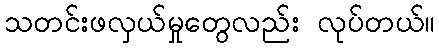
သတင်းဖလှယ်မှုတွေလည်း လုပ်တယ်။